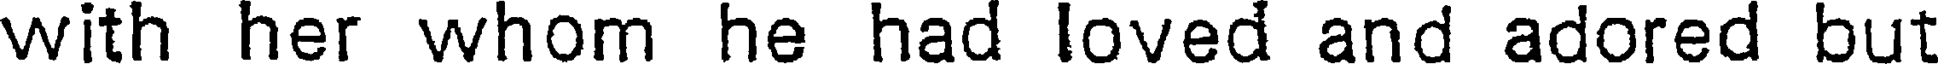
with her whom he had loved and adored but